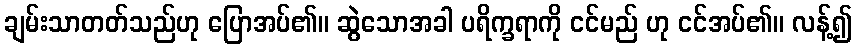
ချမ်းသာတတ်သည်ဟု ပြောအပ်၏။ ဆွဲသောအခါ ပရိက္ခရာကို ငင်မည် ဟု ငင်အပ်၏။ လန့်၍